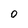
Character: O